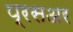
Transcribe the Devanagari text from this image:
प्रसअर